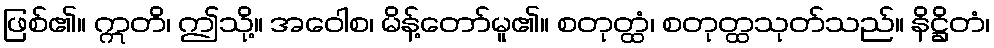
ဖြစ်၏။ ဣတိ၊ ဤသို့။ အဝေါစ၊ မိန့်တော်မူ၏။ စတုတ္ထံ၊ စတုတ္ထသုတ်သည်။ နိဋ္ဌိတံ၊